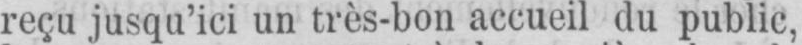
reçu jusqu’ici un très-bon accueil du public,